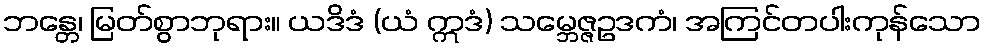
ဘန္တေ၊ မြတ်စွာဘုရား။ ယဒိဒံ (ယံ ဣဒံ) သမ္ဘေဇ္ဇဥဒကံ၊ အကြင်တပါးကုန်သော